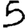
Digit: 5